Lunatic asylums Central Provinces reports 1895-1909 - 1895-1909
Year: 1895
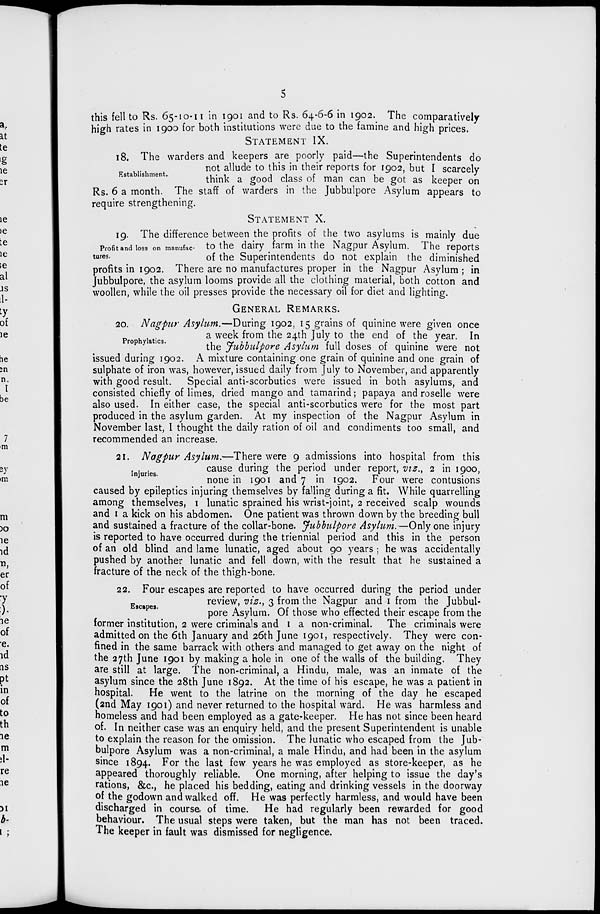
5
this fell to Rs. 65-10-11 in 1901 and to Rs. 64-6-6 in 1902. The comparatively
high rates in 1900 for both institutions were due to the famine and high prices.
STATEMENT IX.
Establishment.
18. The warders and keepers are poorly paid—the Superintendents do
not allude to this in their reports for 1902, but I scarcely
think a good class of man can be got as keeper on
Rs. 6 a month. The staff of warders in the Jubbulpore Asylum appears to
require strengthening.
STATEMENT X.
Profit and loss on manufac-
tures.
19. The difference between the profits of the two asylums is mainly due
to the dairy farm in the Nagpur Asylum. The reports
of the Superintendents do not explain the diminished
profits in 1902. There are no manufactures proper in the Nagpur Asylum ; in
Jubbulpore, the asylum looms provide all the clothing material, both cotton and
woollen, while the oil presses provide the necessary oil for diet and lighting.
GENERAL REMARKS.
Prophylatics.
20. Nagpur Asylum.—During 1902, 15 grains of quinine were given once
a week from the 24th July to the end of the year. In
the Jubbulpore Asylum full doses of quinine were not
issued during 1902. A mixture containing one grain of quinine and one grain of
sulphate of iron was, however, issued daily from July to November, and apparently
with good result. Special anti-scorbutics were issued in both asylums, and
consisted chiefly of limes, dried mango and tamarind; papaya and roselle were
also used. In either case, the special anti-scorbutics were for the most part
produced in the asylum garden. At my inspection of the Nagpur Asylum in
November last, I thought the daily ration of oil and condiments too small, and
recommended an increase.
Injuries.
21. Nagpur Asylum.—There were 9 admissions into hospital from this
cause during the period under report, viz., 2 in 1900,
none in 1901 and 7 in 1902. Four were contusions
caused by epileptics injuring themselves by falling during a fit. While quarrelling
among themselves, 1 lunatic sprained his wrist-joint, 2 received scalp wounds
and 1 a kick on his abdomen. One patient was thrown down by the breeding bull
and sustained a fracture of the collar-bone. Jubbulpore Asylum.—Only one injury
is reported to have occurred during the triennial period and this in the person
of an old blind and lame lunatic, aged about 90 years ; he was accidentally
pushed by another lunatic and fell down, with the result that he sustained a
fracture of the neck of the thigh-bone.
Escapes.
22. Four escapes are reported to have occurred during the period under
review, viz., 3 from the Nagpur and 1 from the Jubbul-
pore Asylum. Of those who effected their escape from the
former institution, 2 were criminals and 1 a non-criminal. The criminals were
admitted on the 6th January and 26th June 1901, respectively. They were con-
fined in the same barrack with others and managed to get away on the night of
the 27th June 1901 by making a hole in one of the walls of the building. They
are still at large. The non-criminal, a Hindu, male, was an inmate of the
asylum since the 28th June 1892. At the time of his escape, he was a patient in
hospital. He went to the latrine on the morning of the day he escaped
(2nd May 1901) and never returned to the hospital ward. He was harmless and
homeless and had been employed as a gate-keeper. He has not since been heard
of. In neither case was an enquiry held, and the present Superintendent is unable
to explain the reason for the omission. The lunatic who escaped from the Jub-
bulpore Asylum was a non-criminal, a male Hindu, and had been in the asylum
since 1894. For the last few years he was employed as store-keeper, as he
appeared thoroughly reliable. One morning, after helping to issue the day's
rations, &c., he placed his bedding, eating and drinking vessels in the doorway
of the godown and walked off. He was perfectly harmless, and would have been
discharged in course of time. He had regularly been rewarded for good
behaviour. The usual steps were taken, but the man has not been traced.
The keeper in fault was dismissed for negligence.